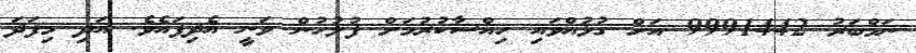
ނަމްބަރު 9991442 އަށް ގުޅުއްވައި ހިއްސާކުރުމަށް ފުލުހުން ވަނީ އެދިފައެވެ. އަދި މިފަދަ